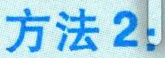
方法 2!